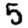
Digit: 5